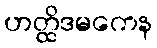
ဟတ္ထိဒမကေန